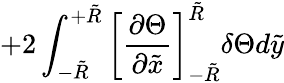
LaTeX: +2\int_{-\tilde{R}}^{+\tilde{R}}\left[\frac{\partial\Theta}{\partial\tilde{x}}\right]_{-\tilde{R}}^{\tilde{R}}\delta\Theta d\tilde{y}